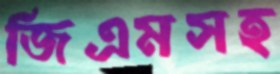
জিএমসহ